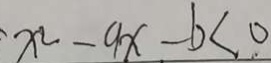
x ^ { 2 } - 9 x - b < 0 .